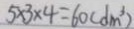
5 \times 3 \times 4 = 6 0 ( d m ^ { 3 } )